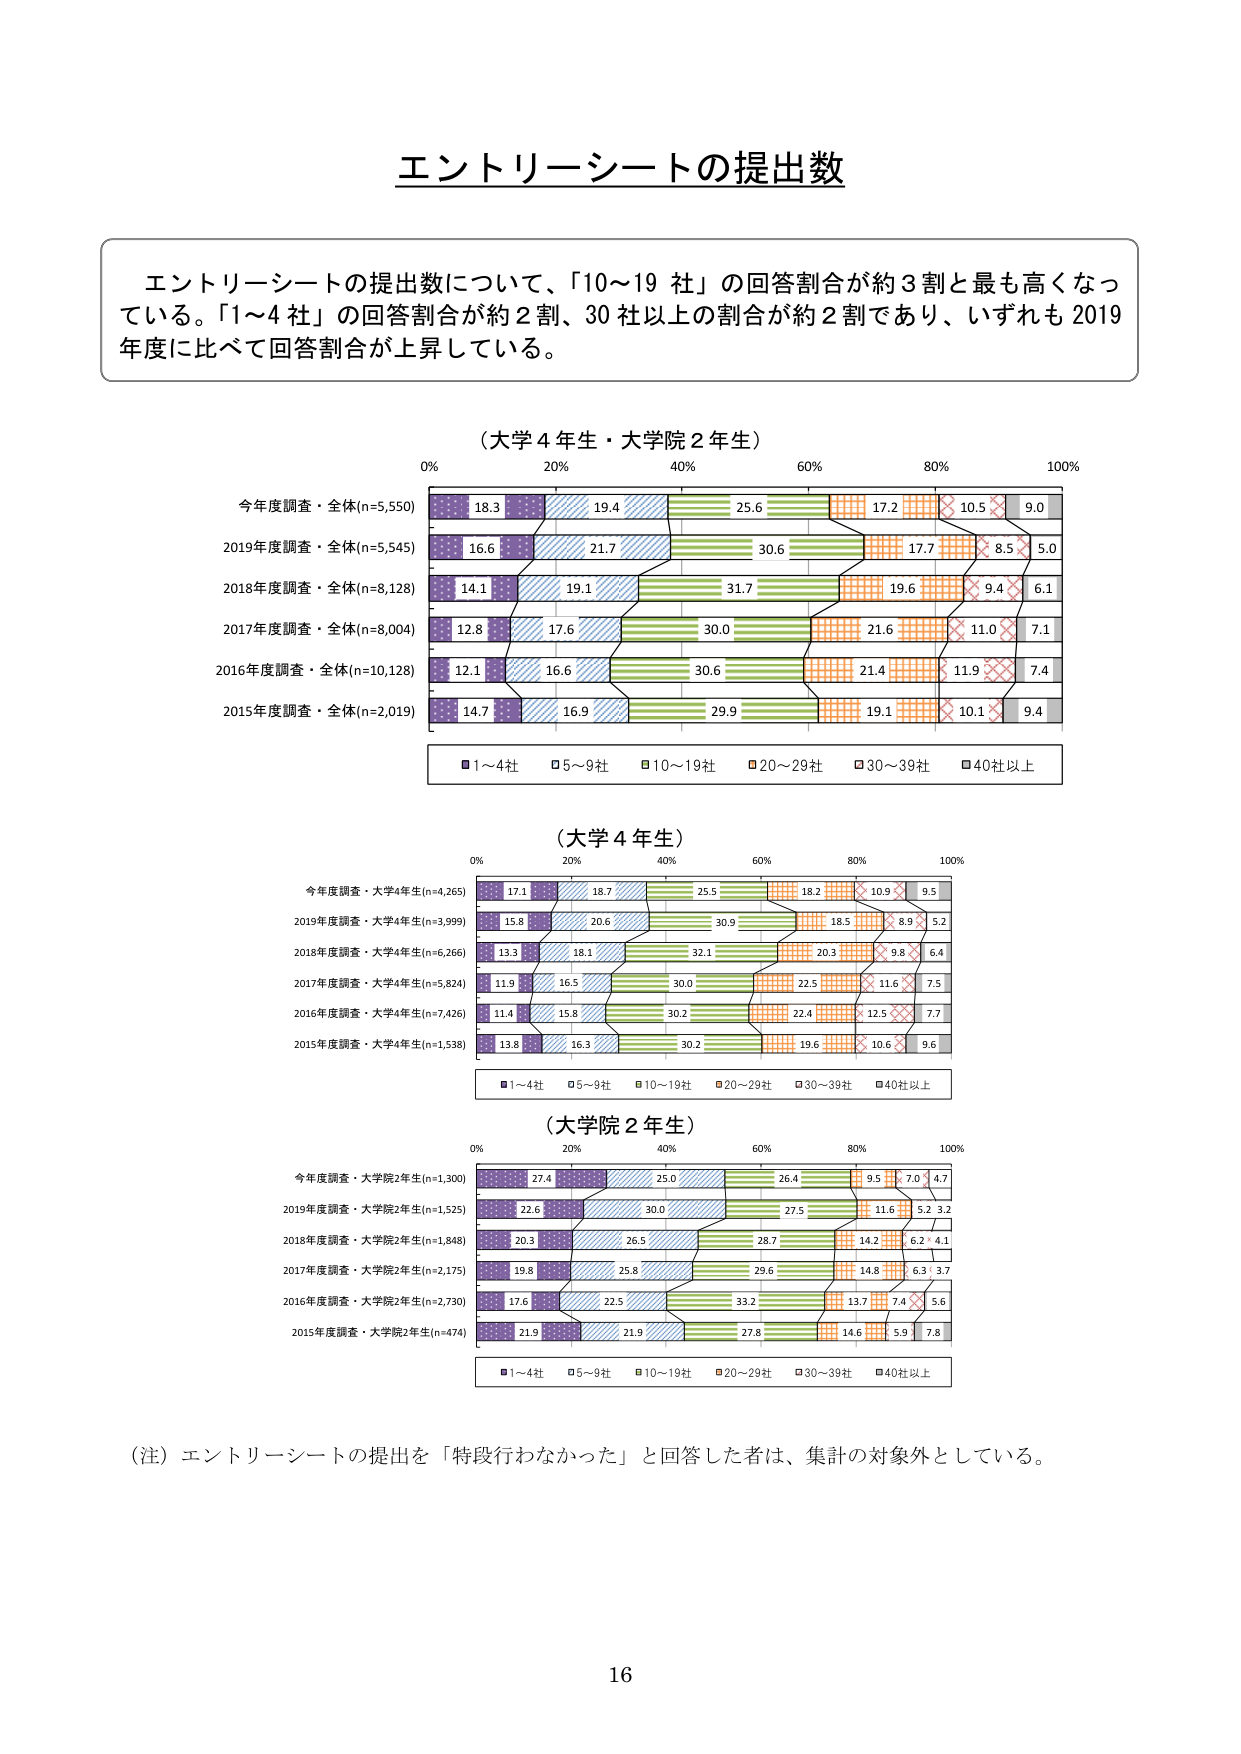
エントリーシートの提出数

エントリーシートの提出数について、「10～19 社」の回答割合が約 3 割と最も高くなっている。「1～4 社」の回答割合が約 2 割、30 社以上の割合が約 2 割であり、いずれも 2019 年度に比べて回答割合が上昇している。

（大学 4 年生・大学院 2 年生）
0% 20% 40% 60% 80% 100%
今年度調査・全体(n=5,550) 18.3 19.4 25.6 17.2 10.5 9.0
2019年度調査・全体(n=5,545) 16.6 21.7 30.6 17.7 8.5 5.0
2018年度調査・全体(n=8,128) 14.1 19.1 31.7 19.6 9.4 6.1
2017年度調査・全体(n=8,004) 12.8 17.6 30.0 21.6 11.0 7.1
2016年度調査・全体(n=10,128) 12.1 16.6 30.6 21.4 11.9 7.4
2015年度調査・全体(n=2,019) 14.7 16.9 29.9 19.1 10.1 9.4
■1～4社 □5～9社 ■10～19社 ■20～29社 ■30～39社 ■40社以上

（大学 4 年生）
0% 20% 40% 60% 80% 100%
今年度調査・大学4年生(n=4,265) 17.1 18.7 25.5 18.2 10.9 9.5
2019年度調査・大学4年生(n=3,999) 15.8 20.6 30.9 18.5 8.9 5.2
2018年度調査・大学4年生(n=6,266) 13.3 18.1 32.1 20.3 9.8 6.4
2017年度調査・大学4年生(n=5,824) 11.9 16.5 30.0 22.5 11.6 7.5
2016年度調査・大学4年生(n=7,426) 11.4 15.8 30.2 22.4 12.5 7.7
2015年度調査・大学4年生(n=1,538) 13.8 16.3 30.2 19.6 10.6 9.6
■1～4社 □5～9社 ■10～19社 ■20～29社 ■30～39社 ■40社以上

（大学院 2 年生）
0% 20% 40% 60% 80% 100%
今年度調査・大学院2年生(n=1,300) 27.4 25.0 26.4 9.5 7.0 4.7
2019年度調査・大学院2年生(n=1,525) 22.6 30.0 27.5 11.6 5.2 3.2
2018年度調査・大学院2年生(n=1,848) 20.3 26.5 28.7 14.2 6.2 4.1
2017年度調査・大学院2年生(n=2,175) 19.8 25.8 29.6 14.8 6.3 3.7
2016年度調査・大学院2年生(n=2,730) 17.6 22.5 33.2 13.7 7.4 5.6
2015年度調査・大学院2年生(n=474) 21.9 21.9 27.8 14.6 5.9 7.8
■1～4社 □5～9社 ■10～19社 ■20～29社 ■30～39社 ■40社以上

（注）エントリーシートの提出を「特段行わなかった」と回答した者は、集計の対象外としている。

16